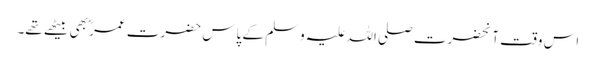
اس وقت آنحضرت صلی اللہ علیہ وسلم کے پاس حضرت عمرؓ بھی بیٹھے تھے۔